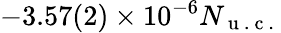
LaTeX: -3.57(2)\times 10^{-6}N_{\mathrm{~u~.~c~.~}}